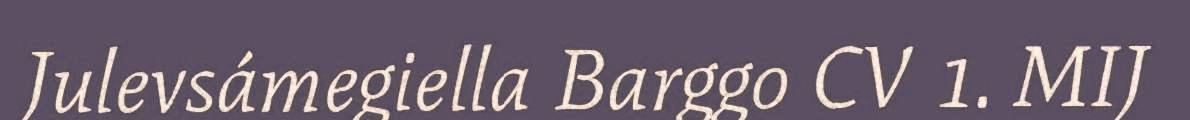
Julevsámegiella Barggo CV 1. MIJ